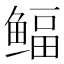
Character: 鲾